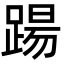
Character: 踼